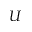
U